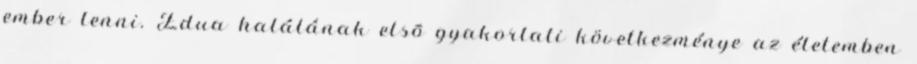
ember lenni. Edua halálának elsõ gyakorlati következménye az életemben